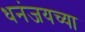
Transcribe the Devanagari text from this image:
धनंजयच्या